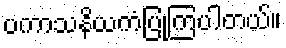
ပကာသနိယကံပြုကြပါတယ်။